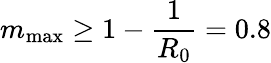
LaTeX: m_{\mathrm{max}}\geq 1-\frac{1}{R_{0}}=0.8